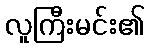
လူကြီးမင်း၏